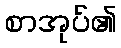
စာအုပ်၏